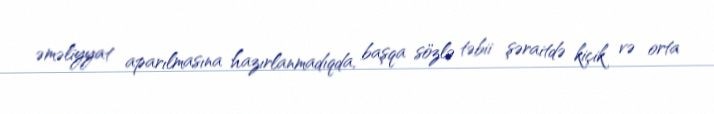
əməliyyat aparılmasına hazırlanmadıqda, başqa sözlə təbii şəraitdə kiçik və orta